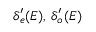
\delta _ { e } ^ { \prime } ( E ) , \, \delta _ { o } ^ { \prime } ( E )